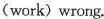
(work) wrong.